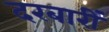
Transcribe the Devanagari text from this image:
दरबारीं